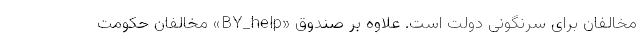
مخالفان برای سرنگونی دولت است. علاوه بر صندوق «BY_help» مخالفان حکومت